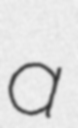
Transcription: a